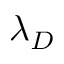
\lambda _ { D }